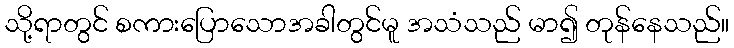
သို့ရာတွင် စကားပြောသောအခါတွင်မူ အသံသည် မာ၍ တုန်နေသည်။